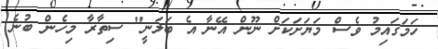
ހަމަގައިމު ވެސް މަޔަށަކަށް ނޫން އޭނާ އެ ބަލަނީ" ސިތާރާ މިހެން ބުނެ